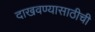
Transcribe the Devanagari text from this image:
दाखवण्यासाठीची